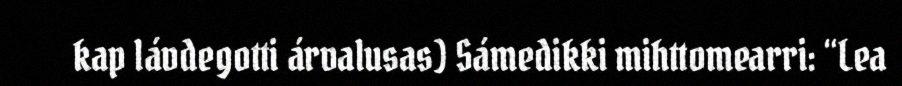
kap lávdegotti árvalusas) Sámedikki mihttomearri: “Lea